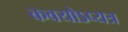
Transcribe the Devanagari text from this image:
कवयोऽप्यत्र